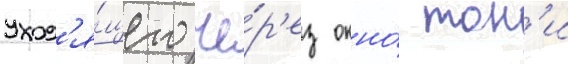
уход'я́щего че́р'ез окно́ тон'и